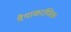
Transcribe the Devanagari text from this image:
वैयाकरणिक